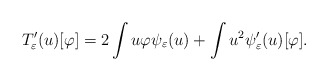
\begin{align*}T_{\varepsilon}'(u)[\varphi]=2\int u\varphi\psi_{\varepsilon}(u)+\int u^{2}\psi_{\varepsilon}'(u)[\varphi].\end{align*}